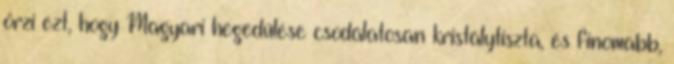
őrzi ezt, hogy Magyari hegedülése csodálatosan kristálytiszta, és finomabb,